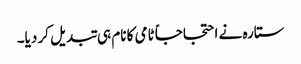
ستارہ نے احتجاجاً ٹامی کا نام ہی تبدیل کر دیا۔